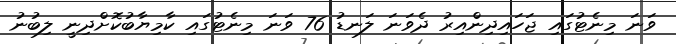
ވަނަ މިނެޓުގައި ޖަހައިދިންއިރު ދެވަނަ ލަނޑު 76 ވަނަ މިނެޓުގައި ކާމިޔާބުކޮށްދިނީ ލިބުނު